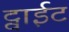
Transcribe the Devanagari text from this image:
ट्वाईट